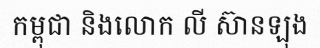
កម្ពុជា និងលោក លី ស៊ានឡុង